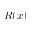
R ( x )